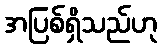
အပြစ်ရှိသည်ဟု